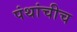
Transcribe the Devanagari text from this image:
पंथांचीच